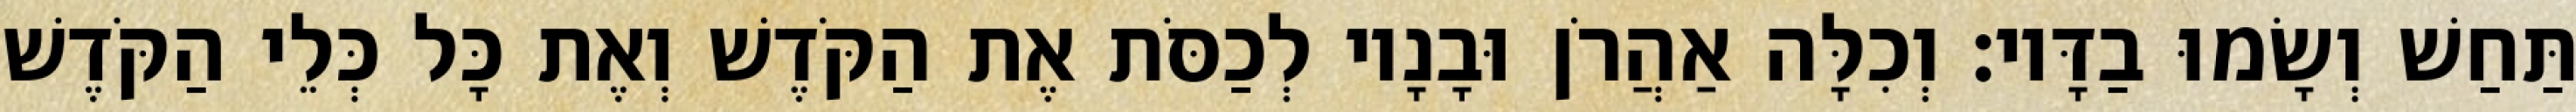
תַּחַשׁ וְשָׂמוּ בַדָּיו׃ וְכִלָּה אַהֲרֹן וּבָנָיו לְכַסֹּת אֶת הַקֹּדֶשׁ וְאֶת כָּל כְּלֵי הַקֹּדֶשׁ